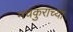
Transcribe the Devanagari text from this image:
मचकुराच्या